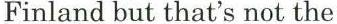
Finland but that's not the